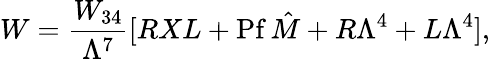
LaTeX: W={\frac{W_{34}}{\Lambda^{7}}}[RXL+\mathrm{Pf\, }\hat{M}+R\Lambda^{4}+L\Lambda^{4}],